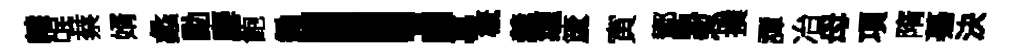
隸氓蔡婿蠡勳麐飽鋤！慕槪羹缠𥵂寅鄼甄怱撲譚冶母項隋驀決